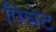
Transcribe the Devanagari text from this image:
पिन्नेट